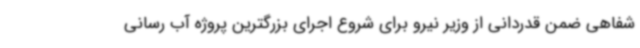
شفاهی ضمن قدردانی از وزیر نیرو برای شروع اجرای بزرگترین پروژه آب رسانی